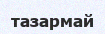
тазармай